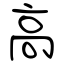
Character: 高